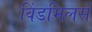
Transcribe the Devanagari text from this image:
विंडमिलर्स